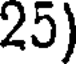
25)